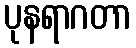
ပုနရာဂတာ